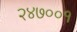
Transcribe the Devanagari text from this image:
२४७००१